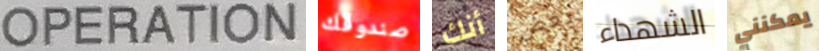
OPERATION صندوقك أنك بعض الشهداء يمكنني